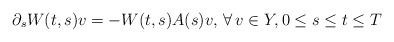
LaTeX: \begin{align*}\partial_s W(t,s)v = -W(t,s)A(s)v,\,\forall\, v\in Y, 0\leq s\leq t\leq T\end{align*}